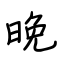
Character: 晚